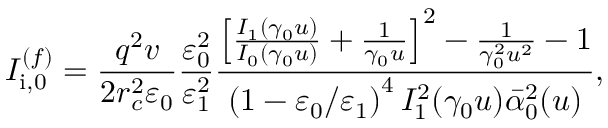
I _ { \mathrm { i } , 0 } ^ { ( f ) } = \frac { q ^ { 2 } v } { 2 r _ { c } ^ { 2 } \varepsilon _ { 0 } } \frac { \varepsilon _ { 0 } ^ { 2 } } { \varepsilon _ { 1 } ^ { 2 } } \frac { \left[ \frac { I _ { 1 } ( \gamma _ { 0 } u ) } { I _ { 0 } ( \gamma _ { 0 } u ) } + \frac { 1 } { \gamma _ { 0 } u } \right] ^ { 2 } - \frac { 1 } { \gamma _ { 0 } ^ { 2 } u ^ { 2 } } - 1 } { \left( 1 - \varepsilon _ { 0 } / \varepsilon _ { 1 } \right) ^ { 4 } I _ { 1 } ^ { 2 } ( \gamma _ { 0 } u ) \bar { \alpha } _ { 0 } ^ { 2 } ( u ) } ,